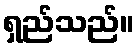
ရှည်သည်။